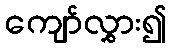
ကျော်လွှား၍